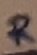
Text: R